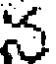
స